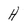
Character: H